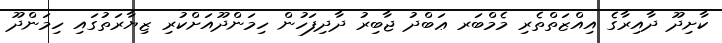
ކާށިދޫ ދާއިރާގެ އިއްޒަތްތެރި މެމްބަރ ޢަބްދު ޖާބިރު ދާދިފަހުން ހިމަންދޫއަށްކުރި ޒިޔާރަތުގައި ހިމަންދޫ